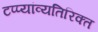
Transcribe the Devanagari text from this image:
टप्प्यांव्यतिरिक्त